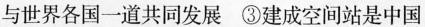
与世界各国一道共同发展 ③建成空间站是中国